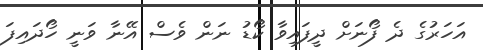
އަހަރުގެ ދެ ފޯނަށް ދީފައިވާ ކޯޑު ނަން ވެސް އޭނާ ވަނީ ހޯދައިފަ